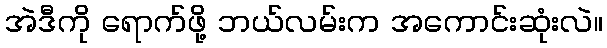
အဲဒီကို ရောက်ဖို့ ဘယ်လမ်းက အကောင်းဆုံးလဲ။